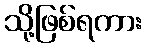
သို့ဖြစ်ရကား